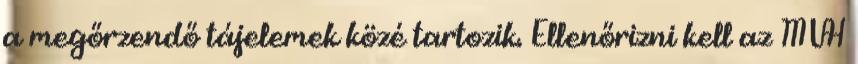
a megőrzendő tájelemek közé tartozik. Ellenőrizni kell az MVH